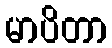
မာပိတာ